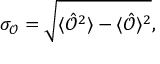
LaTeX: \sigma _ { \mathcal { O } } = { \sqrt { \langle { \hat { \mathcal { O } } } ^ { 2 } \rangle - \langle { \hat { \mathcal { O } } } \rangle ^ { 2 } } } ,